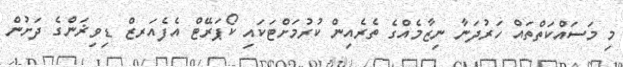
މި މަސައްކަތްތައް ހަރުދަނާ ނިޒާމެއްގެ ތެރެއިން ކުރުމަށްޓަކައި ކޯޕަރޭޓް އެފެއަރޒް ޑިވިޜަންގެ ދަށުން